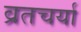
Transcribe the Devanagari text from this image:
व्रतचर्या